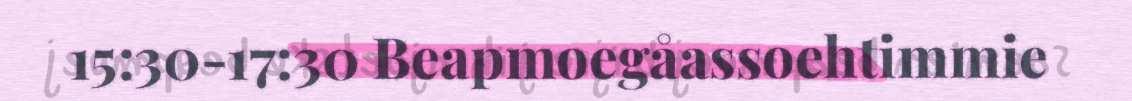
15:30-17:30 Beapmoegåassoehtimmie